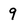
Character: 9